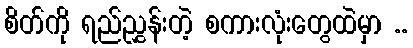
စိတ်ကို ရည်ညွှန်းတဲ့ စကားလုံးတွေထဲမှာ ..